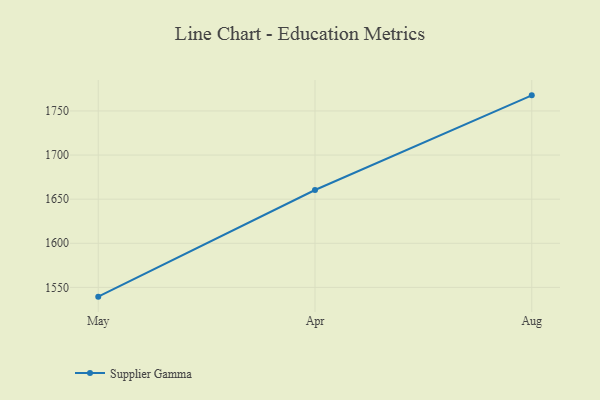
{"axis": {"x": "Month", "y": "Operating Costs (USD K)"}, "legend": ["Supplier Gamma"], "data": [{"x": "May", "y": 1539.5, "type": "Supplier Gamma"}, {"x": "Apr", "y": 1660.4, "type": "Supplier Gamma"}, {"x": "Aug", "y": 1767.7, "type": "Supplier Gamma"}]}